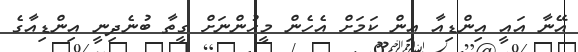
އޭނާ އައީ އިންޑިއާ އިން ކަމަށް އެހެން މީހުންނަށް ގީތާ ބުނެދިނީ އިންޑިއާގެ